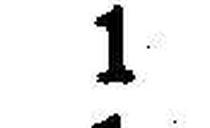
1